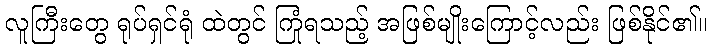
လူကြီးတွေ ရုပ်ရှင်ရုံ ထဲတွင် ကြုံရသည့် အဖြစ်မျိုးကြောင့်လည်း ဖြစ်နိုင်၏။